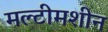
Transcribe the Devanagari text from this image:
मल्टीमशीन